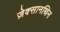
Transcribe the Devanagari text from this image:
ज़ेक्सानथिन